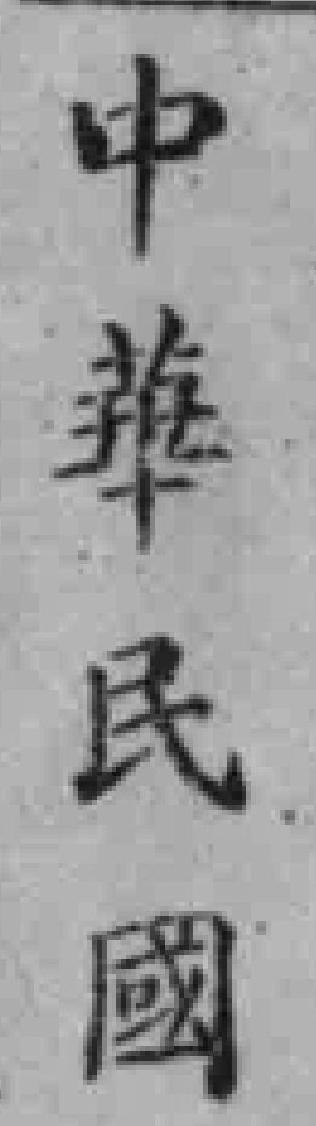
中華民國